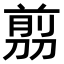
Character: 𠞽